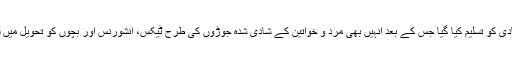
بل کے ذریعے ہم جنس پرستوں کی شادی کو تسلیم کیا گیا جس کے بعد انہیں بھی مرد و خواتین کے شادی شدہ جوڑوں کی طرح ٹیکس، انشورنس اور بچوں کو تحویل میں لینے جیسے کئی فوائد حاصل ہوں گے۔